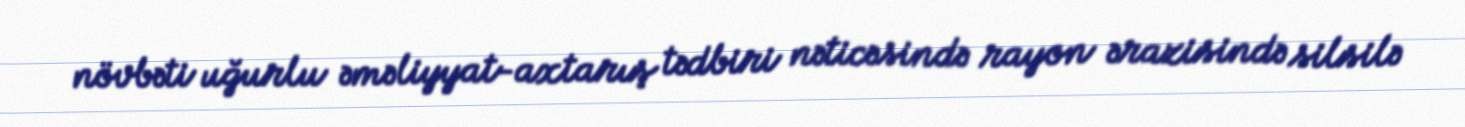
növbəti uğurlu əməliyyat-axtarış tədbiri nəticəsində rayon ərazisində silsilə